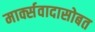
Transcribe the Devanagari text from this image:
मार्क्सवादासोबत